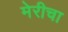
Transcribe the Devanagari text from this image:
मेरीचा